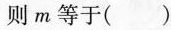
则m等于( )